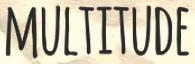
MULTITUDE